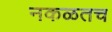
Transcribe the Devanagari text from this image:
नकळतच